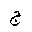
Letter: _gim